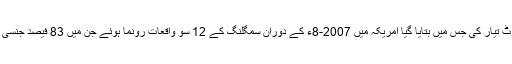
2009ء میں امریکی اسٹیٹ ڈیپارٹمنٹ نے ایک رپورٹ تیار کی جس میں بتایا گیا امریکہ میں 2007-8ء کے دوران سمگلنگ کے 12 سو واقعات رونما ہوئے جن میں 83 فیصد جنسی استحصال کے لئے انسانی سمگلنگ کے واقعات تھے۔